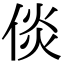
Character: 倓